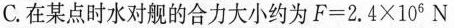
C.在某点时水对舰的合力大小约为 $$F = 2 . 4 \times 1 0 ^ { 6 } N$$